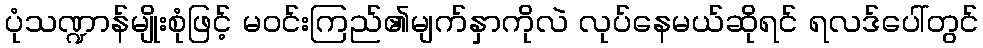
ပုံသဏ္ဍာန်မျိုးစုံဖြင့် မဝင်းကြည်၏မျက်နှာကိုလဲ လုပ်နေမယ်ဆိုရင် ရလဒ်ပေါ်တွင်